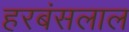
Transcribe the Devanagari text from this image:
हरबंसलाल